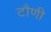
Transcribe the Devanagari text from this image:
टौणी